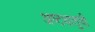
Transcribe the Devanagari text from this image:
अष्टधातुची